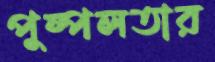
পুষ্পলতার